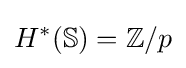
H^{*}(\mathbb {S} )=\mathbb {Z} /p